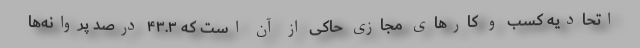
اتحادیه کسب ‌و کارهای مجازی حاکی از آن است که ۴۳.۳ درصد پروانه‌ها